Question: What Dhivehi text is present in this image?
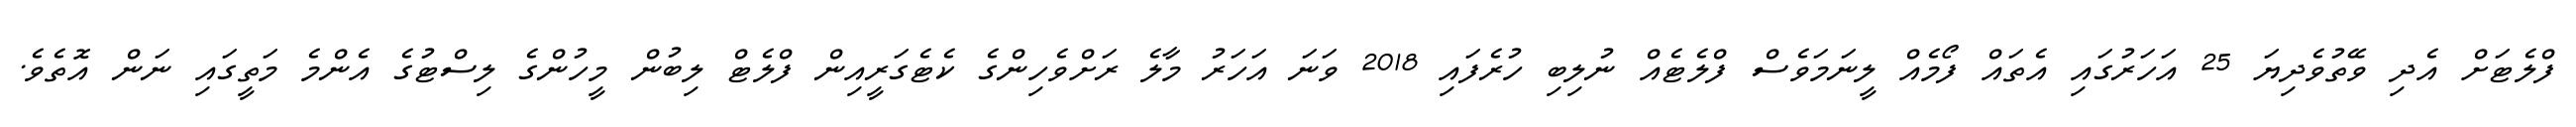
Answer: ފްލެޓަށް އެދި ވޭތުވެދިޔަ 25 އަހަރުގައި އެތައް ފޯމެއް ލީނަމަވެސް ފްލެޓެއް ނުލިބި ހުރެފައި 2018 ވަނަ އަހަރު މާލެ ރަށްވެހިންގެ ކެޓެގަރީއިން ފްލެޓް ލިބުން މީހުންގެ ލިސްޓުގެ އެންމެ މަތީގައި ނަން އޮތެވެ.